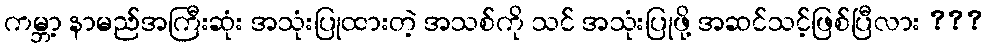
ကမ္ဘာ့ နာမည်အကြီးဆုံး အသုံးပြုထားတဲ့ အသစ်ကို သင် အသုံးပြုဖို့ အဆင်သင့်ဖြစ်ပြီလား ???